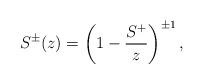
LaTeX: \begin{gather*}S^{\pm}(z)=\left(1-\frac{S^{+}}{z}\right)^{\pm1} ,\end{gather*}